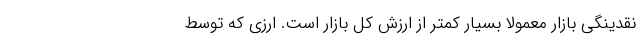
نقدینگی بازار معمولاً بسیار کمتر از ارزش کل بازار است. ارزی که توسط